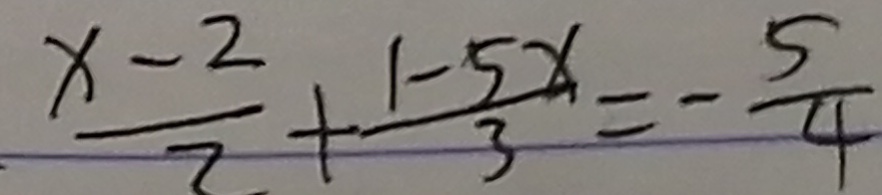
\frac { x - 2 } { 2 } + \frac { 1 - 5 x } { 3 } = - \frac { 5 } { 4 }